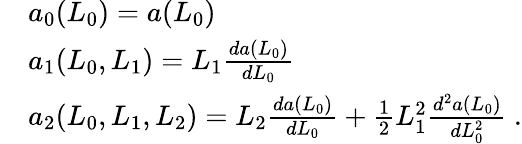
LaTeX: \begin{array}{rl}&{a_{0}(L_{0})=a(L_{0})}\\ &{a_{1}(L_{0},L_{1})=L_{1}\frac{da(L_{0})}{dL_{0}}}\\ &{a_{2}(L_{0},L_{1},L_{2})=L_{2}\frac{da(L_{0})}{dL_{0}}+\frac{1}{2}L_{1}^{2}\frac{d^{2}a(L_{0})}{dL_{0}^{2}}\ .}\end{array}